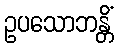
ဥပသောဘန္တိံ